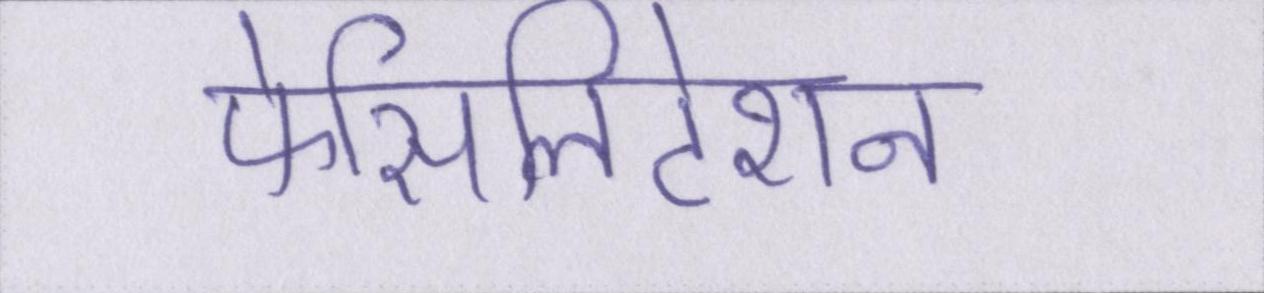
फेसिलिटेशन